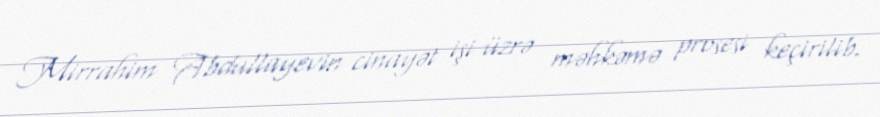
Mirrahim Abdullayevin cinayət işi üzrə məhkəmə prosesi keçirilib.